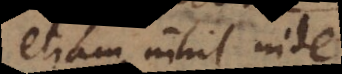
etiam nihil inde